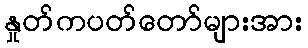
နှုတ်ကပတ်တော်များအား